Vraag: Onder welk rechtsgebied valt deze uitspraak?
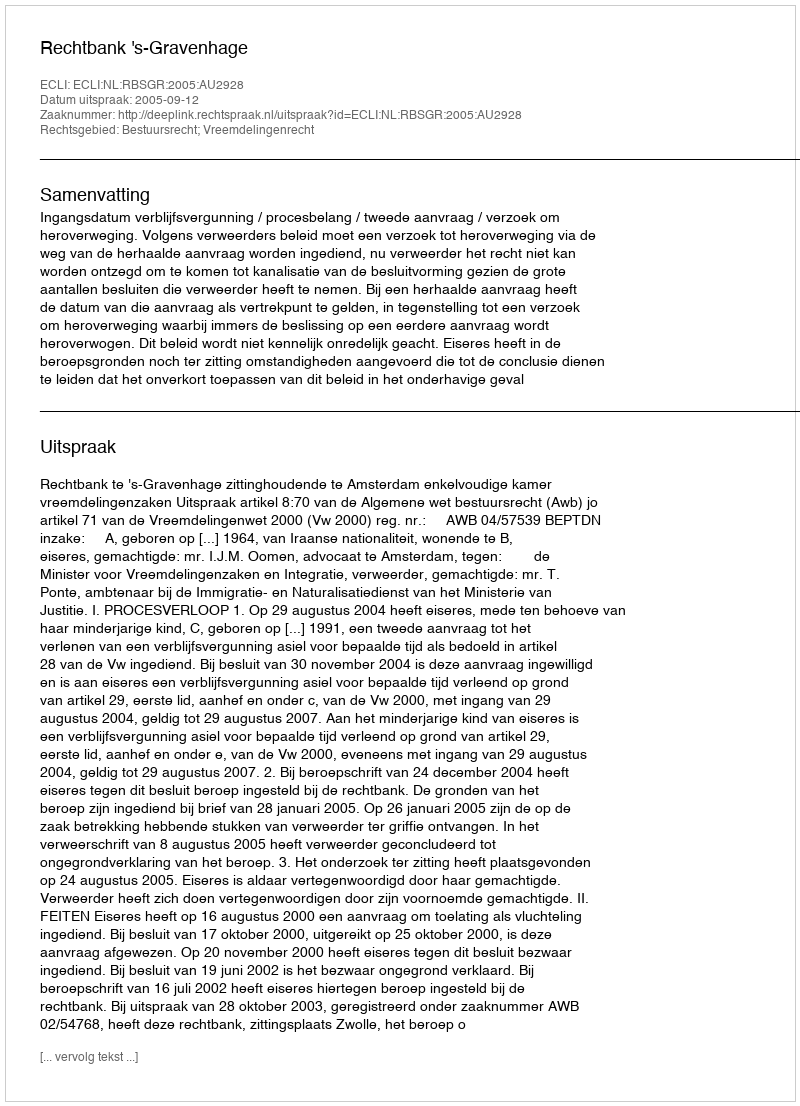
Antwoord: Bestuursrecht; Vreemdelingenrecht